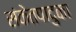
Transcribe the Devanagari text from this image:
संकेतपादुका